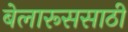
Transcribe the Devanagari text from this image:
बेलारूससाठी